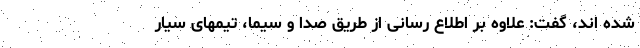
شده اند، گفت: علاوه بر اطلاع رسانی از طریق صدا و سیما، تیمهای سیار